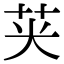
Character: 𮎦